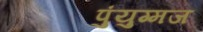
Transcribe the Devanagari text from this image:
पुंयुग्मज